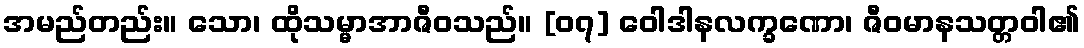
အမည်တည်း။ သော၊ ထိုသမ္မာအာဇီဝသည်။ [၀၇] ဝေါဒါနလက္ခဏော၊ ဇီဝမာနသတ္တဝါ၏